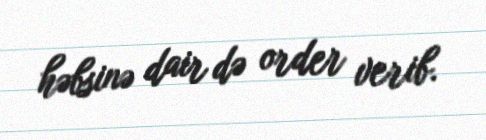
həbsinə dair də order verib.